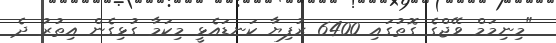
"މިނިމަމް ވޭޖްގެ ގޮތުގައި 6400 ރުފިޔާ ކަނޑައެޅީ މިކަމާ ގުޅިގެން އިތުރު ދެ